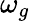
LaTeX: \omega_{g}